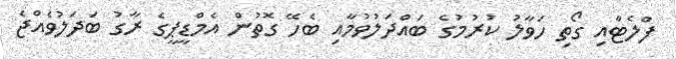
ފްލެޓާއި ގޯތި ހަވާލު ކުރުމުގެ ބައްދަލުވުމާއި ބެހޭ ގޮތުން އެމްޑީޕީގެ ރާގު ބަދަލުވެއްޖެ